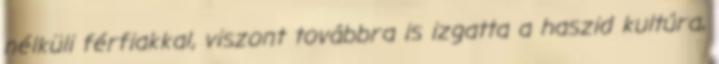
nélküli férfiakkal, viszont továbbra is izgatta a haszid kultúra,